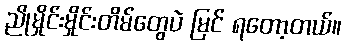
ညိုမှိုင်းမှိုင်းတိမ်တွေပဲ မြင် ရတော့တယ်။